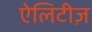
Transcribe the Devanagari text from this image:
ऐलिटीज़